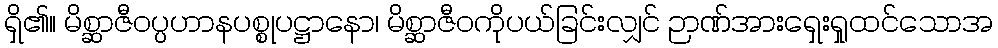
ရှိ၏။ မိစ္ဆာဇီဝပ္ပဟာနပစ္စုပဋ္ဌာနော၊ မိစ္ဆာဇီဝကိုပယ်ခြင်းလျှင် ဉာဏ်အားရှေးရှုထင်သောအ